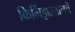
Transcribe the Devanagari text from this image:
किर्गिझस्तानचे